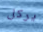
يركل